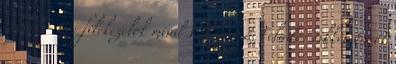
cikkei - Re: filekezelok mind VÁLASZ Feladó: cikkei Errol